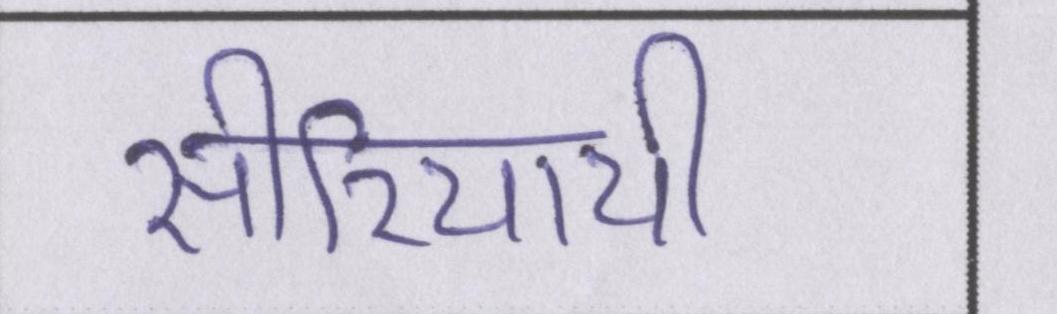
सीरियायी